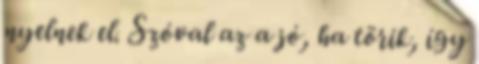
nyelnek el. Szóval az a jó, ha törik, így